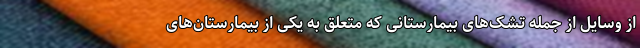
از وسایل از جمله تشک‌های بیمارستانی که متعلق به یکی از بیمارستان‌های